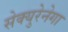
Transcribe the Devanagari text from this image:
सेक्युरेनेगा